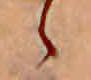
ゝ